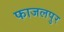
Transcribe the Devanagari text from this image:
फाजलपुर